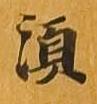
須